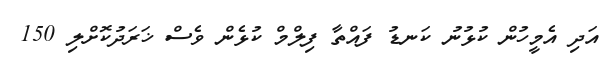
އަދި އެމީހުން ކުޅުނު ކަނޑު ފައްތާ ފިލްމް ކުޅެން ވެސް ޚަރަދުކޮށްލި 150